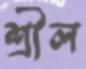
শ্রীল